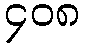
၄၀၈